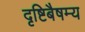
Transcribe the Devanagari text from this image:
दृष्टिबैषम्य